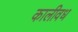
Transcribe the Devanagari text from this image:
कालीवध